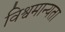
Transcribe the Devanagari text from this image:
विश्वमान्यता